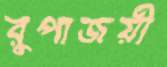
রুপাজয়ী